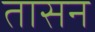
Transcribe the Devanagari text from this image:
तासन